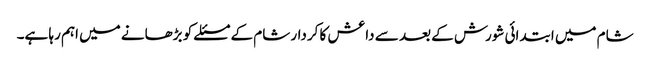
شام میں ابتدائی شورش کے بعد سے داعش کا کردار شام کے مسئلے کو بڑھانے میں اہم رہا ہے۔